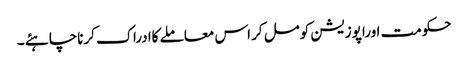
حکومت اوراپوزیشن کومل کر اس معاملے کاادراک کرناچاہئے ۔